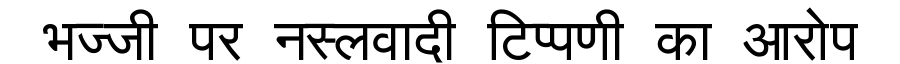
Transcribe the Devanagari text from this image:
भज्जी पर नस्लवादी टिप्पणी का आरोप